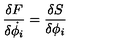
{ \frac { \delta F } { \delta \dot { \phi _ { i } } } } = { \frac { \delta S } { \delta \phi _ { i } } }